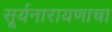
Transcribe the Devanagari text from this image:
सूर्यनारायणाचा